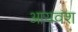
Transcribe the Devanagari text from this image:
आयवंश